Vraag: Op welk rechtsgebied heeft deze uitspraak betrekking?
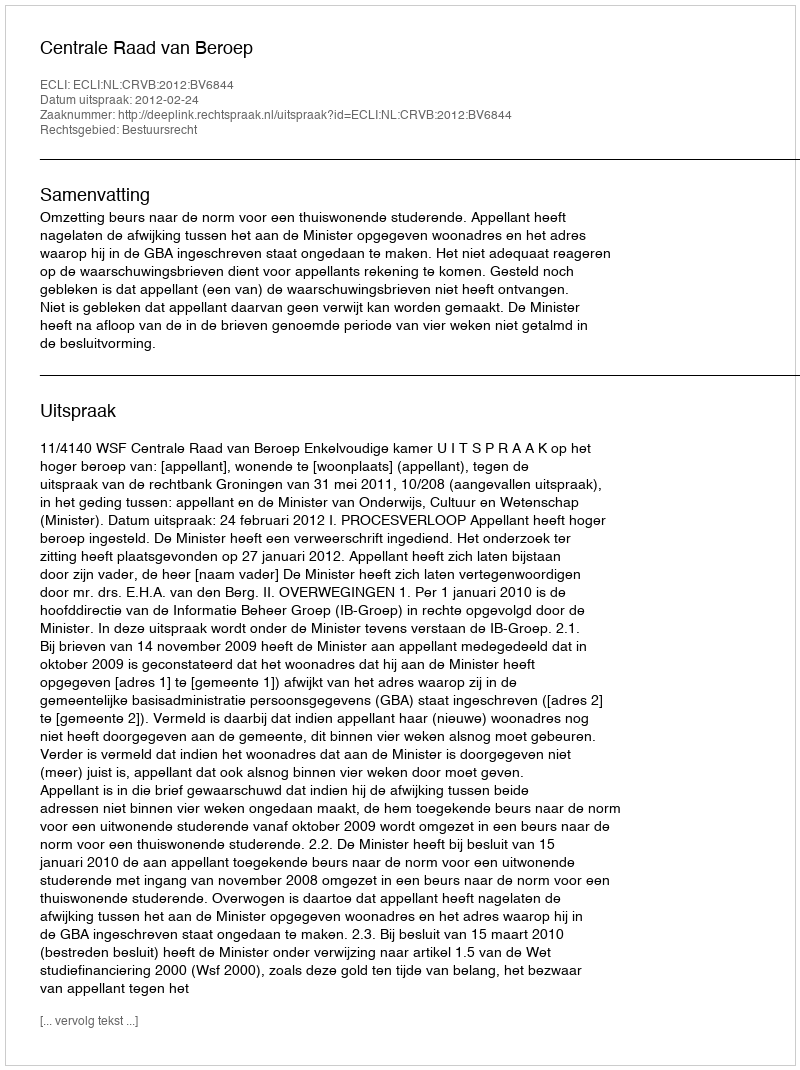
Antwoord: Bestuursrecht